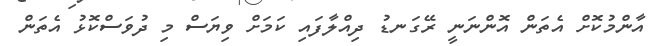
އާންމުކޮށް އެތަން އޮންނަނީ ރޭގަނޑު ދިއްލާފައި ކަމަށް ވިޔަސް މި ދުވަސްކޮޅު އެތަން